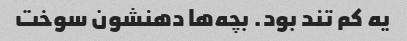
یه کم تند بود. بچه‌ها دهنشون سوخت